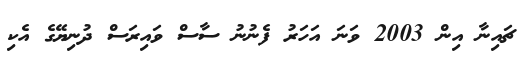
ޗައިނާ އިން 2003 ވަނަ އަހަރު ފެނުނު ސާސް ވައިރަސް ދުނިޔޭގެ އެކި